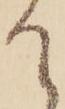
て